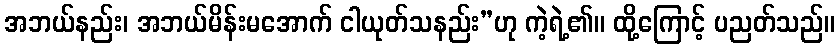
အဘယ်နည်း၊ အဘယ်မိန်းမအောက် ငါယုတ်သနည်း”ဟု ကဲ့ရဲ့၏။ ထို့ကြောင့် ပညတ်သည်။